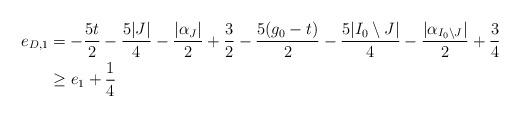
LaTeX: \begin{align*}e_{D,1}&=-\frac{5t}{2}-\frac{5|J|}{4}-\frac{|\alpha_J|}{2}+\frac{3}{2}-\frac{5(g_0-t)}{2}-\frac{5|I_0\setminus J|}{4}-\frac{|\alpha_{I_0\setminus J}|}{2}+\frac{3}{4}\\&\ge e_1+\frac14\end{align*}